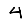
Digit: 4